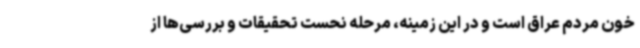
خون مردم عراق است و در این زمینه، مرحله نحست تحقیقات و بررسی‌ها از